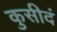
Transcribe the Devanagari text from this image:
कुसीदं